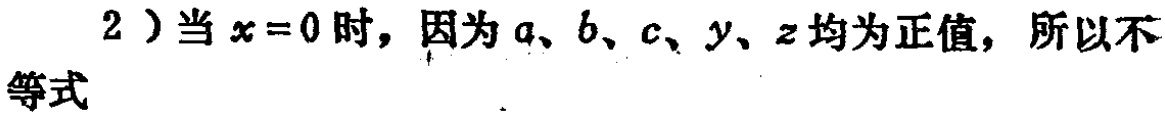
2）当\(x = 0\)时，因为\(a、b、c、y、z\)均为正值，所以不等式